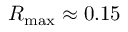
R _ { \mathrm { m a x } } \approx 0 . 1 5